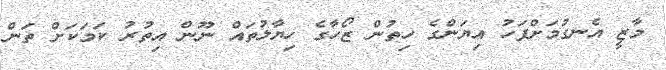
މާޒީ އެނގުމަށްފަހު އިޔަންގެ ހިތުން ޒޯހާގެ ހިޔާލުތައް ނޫން އިތުރު ކަމަކަށް ތަން